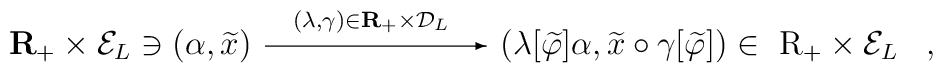
{\bf R}_+ \times {\cal E}_L \ni (\alpha,\widetilde{x}){ \begin{picture}(90,0)(0,0) \put(5,3){\vector(1,0){80}}\put(15,10){$\scriptstyle(\lambda,\gamma) \in {\bf R}_+ \times  {\cal D}_L$ }\end{picture}}(\lambda[\widetilde{\varphi}]\alpha,\widetilde{x} \circ\gamma[\widetilde{\varphi}])\in \mbox{ \boldmath R}_+ \times {\cal E}_L\;\;\;,